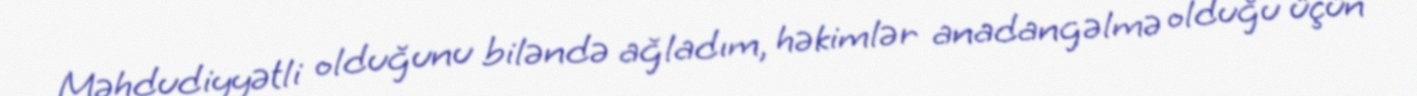
Məhdudiyyətli olduğunu biləndə ağladım, həkimlər anadangəlmə olduğu üçün